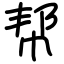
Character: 帮